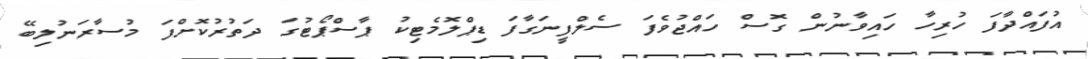
އުފައްދާފަ ހުރިހާ ހައިވާނުން ގޮސް ހައްޖުވެފަ ސެލްފީނަގާފަ ޑިޕްލޮމެޓިކު ޕާސްޕޯޓުގަ ދަތުރުކޮށްފަ މުސާރަނުލިބޭ